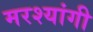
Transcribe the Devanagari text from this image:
मरश्यांगी